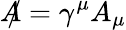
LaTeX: A\! \! \! /=\gamma^{\mu}A_{\mu}